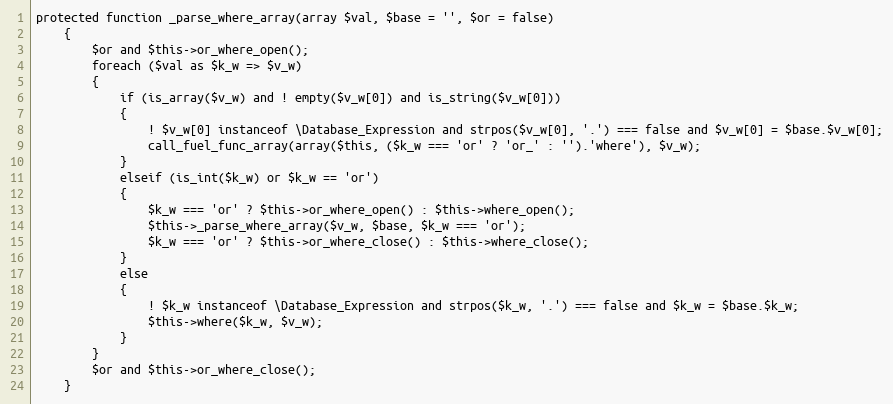
Language: PHP
protected function _parse_where_array(array $val, $base = '', $or = false)
	{
		$or and $this->or_where_open();
		foreach ($val as $k_w => $v_w)
		{
			if (is_array($v_w) and ! empty($v_w[0]) and is_string($v_w[0]))
			{
				! $v_w[0] instanceof \Database_Expression and strpos($v_w[0], '.') === false and $v_w[0] = $base.$v_w[0];
				call_fuel_func_array(array($this, ($k_w === 'or' ? 'or_' : '').'where'), $v_w);
			}
			elseif (is_int($k_w) or $k_w == 'or')
			{
				$k_w === 'or' ? $this->or_where_open() : $this->where_open();
				$this->_parse_where_array($v_w, $base, $k_w === 'or');
				$k_w === 'or' ? $this->or_where_close() : $this->where_close();
			}
			else
			{
				! $k_w instanceof \Database_Expression and strpos($k_w, '.') === false and $k_w = $base.$k_w;
				$this->where($k_w, $v_w);
			}
		}
		$or and $this->or_where_close();
	}